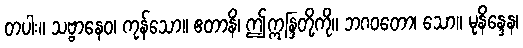
တပါး။ သဗ္ဗာနေဝ၊ ကုန်သော။ ဧတာနိ၊ ဤဣန္ဒြတို့ကို။ ဘဂဝတော၊ သော။ မုနိန္ဒေန၊